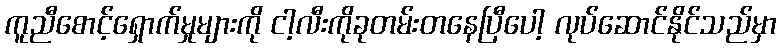
ကူညီစောင့်ရှောက်မှုများကို ငါ့လီးကိုခုတမ်းတနေပြီပေါ့ လုပ်ဆောင်နိုင်သည်မှာ